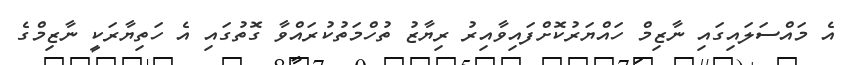
އެ މައްސަލައިގައި ނާޒިމް ހައްޔަރުކޮށްފައިވާއިރު ރިޔާޒު ތުހްމަތުކުރައްވާ ގޮތުގައި އެ ހަތިޔާރަކީ ނާޒިމްގެ